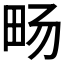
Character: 𪽈